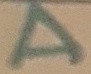
Text: A